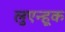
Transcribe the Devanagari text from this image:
लुएन्हूक